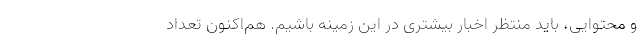
و محتوایی، باید منتظر اخبار بیشتری در این زمینه باشیم. هم‌اکنون تعداد